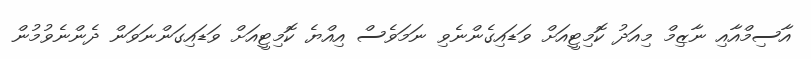
އާސިމްއާއި ނާޒިމް މިއަދު ކޮމިޓީއަށް ވަޑައިގެންނެވި ނަމަވެސް އިއްޔެ ކޮމިޓީއަށް ވަޑައިގަންނަވަން ދެންނެވުމުން